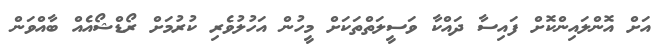
އަށް އޮންލައިންކޮށް ފައިސާ ދައްކާ ވަސީލަތްތަކަށް މީހުން އަހުލުވެރި ކުރުމަށް ރޯޑްޝޯއެއް ބާއްވަން